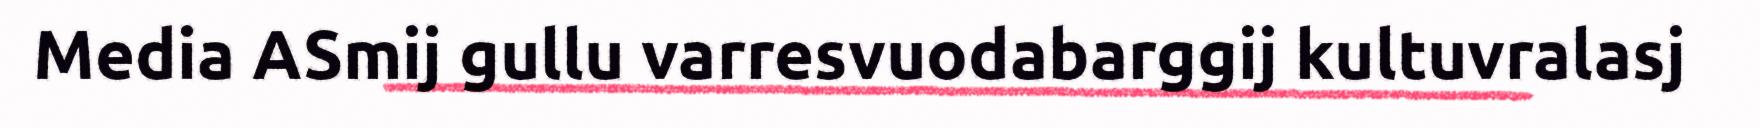
Media ASmij gullu varresvuodabarggij kultuvralasj